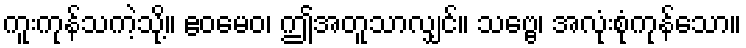
ကူးကုန်သကဲ့သို့။ ဧဝမေဝ၊ ဤအတူသာလျှင်။ သဗ္ဗေ၊ အလုံးစုံကုန်သော။